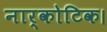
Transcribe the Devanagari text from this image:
नार्कोटिक।